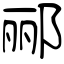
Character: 郦